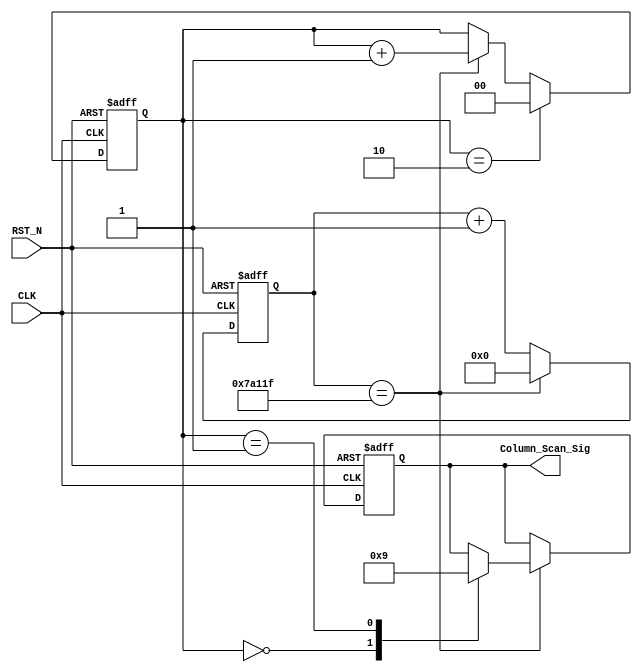
module column_scan_module
(
	CLK,RST_N,
	Column_Scan_Sig
);
input CLK;
input RST_N;
output[1:0] Column_Scan_Sig;

/***************************************************/

parameter T10MS = 19'd499_999;

/***************************************************/

reg[18:0] Count1;

always@(posedge CLK or negedge RST_N)
	if(!RST_N)
		Count1 <= 19'd0;
	else if(Count1 == T10MS)
		Count1 <= 19'd0;
	else
		Count1 <= Count1 + 1'b1;
		
/**************************************************/

reg[1:0] t;

always@(posedge CLK or negedge RST_N)
	if(!RST_N)
		t <= 2'd0;
	else if(t == 2'd2)
		t <= 2'd0;
	else if(Count1 == T10MS)
		t <= t + 1'b1;
		
/*************************************************/

reg[1:0] rColumn_Scan;

always@(posedge CLK or negedge RST_N)
	if(!RST_N)
		rColumn_Scan <= 2'b10;
	else if(Count1 == T10MS)
		case(t)
		
			2'd0: rColumn_Scan <= 2'b10;
			2'd1: rColumn_Scan <= 2'b01;
		
		endcase
		
/***************************************************/

assign Column_Scan_Sig = rColumn_Scan;

/***************************************************/

endmodule